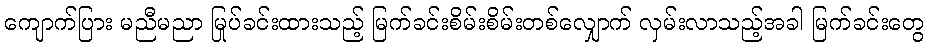
ကျောက်ပြား မညီမညာ မြုပ်ခင်းထားသည့် မြက်ခင်းစိမ်းစိမ်းတစ်လျှောက် လှမ်းလာသည့်အခါ မြက်ခင်းတွေ